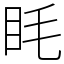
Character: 眊